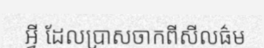
អ្វី ដែលប្រាសចាកពីសីលធ៌ម